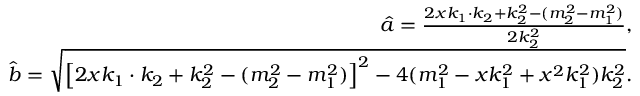
\begin{array} { r l r } & { } & { \hat { a } = \frac { 2 x k _ { 1 } \cdot k _ { 2 } + k _ { 2 } ^ { 2 } - ( m _ { 2 } ^ { 2 } - m _ { 1 } ^ { 2 } ) } { 2 k _ { 2 } ^ { 2 } } , } \\ & { } & { \hat { b } = \sqrt { \left[ 2 x k _ { 1 } \cdot k _ { 2 } + k _ { 2 } ^ { 2 } - ( m _ { 2 } ^ { 2 } - m _ { 1 } ^ { 2 } ) \right] ^ { 2 } - 4 ( m _ { 1 } ^ { 2 } - x k _ { 1 } ^ { 2 } + x ^ { 2 } k _ { 1 } ^ { 2 } ) k _ { 2 } ^ { 2 } } . } \end{array}